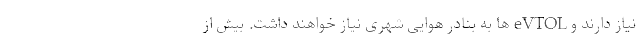
نیاز دارند و eVTOL ها به بنادر هوایی شهری نیاز خواهند داشت. بیش از